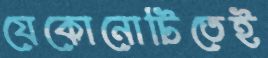
যেকোনোটিতেই